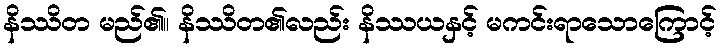
နိဿိတ မည်၏။ နိဿိတ၏လည်း နိဿယနှင့် မကင်းရာသောကြောင့်